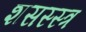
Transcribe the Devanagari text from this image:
शसस्स्त्र